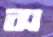
স